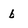
Character: b